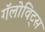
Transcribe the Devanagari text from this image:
गॅलोविट्स